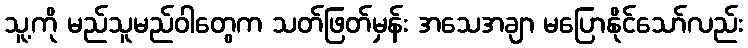
သူ့ကို မည်သူမည်ဝါတွေက သတ်ဖြတ်မှန်း အသေအချာ မပြောနိုင်သော်လည်း